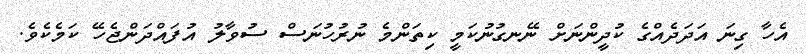
އެހާ ގިނަ އަދަދެއްގެ ކުދީންނަށް ނޭނގުނުކަމީ ކިތަންމެ ނުރުހުނަސް ސުވާލު އުފައްދަންޖެހޭ ކަމެކެވެ.